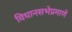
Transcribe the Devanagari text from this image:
विधानसभेप्रमाणे